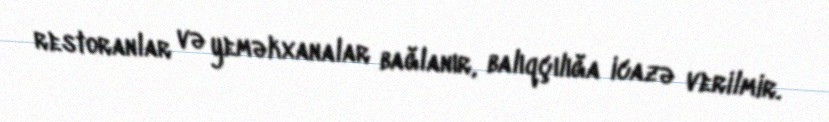
restoranlar və yeməkxanalar bağlanır, balıqçılığa icazə verilmir.